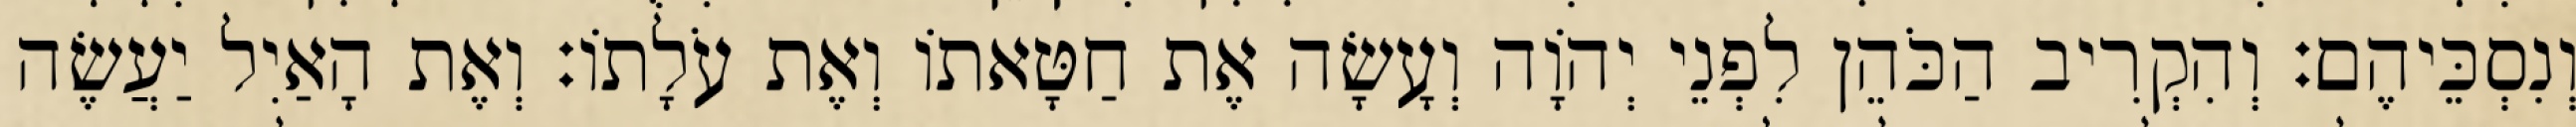
וְנִסְכֵּיהֶם׃ וְהִקְרִיב הַכֹּהֵן לִפְנֵי יְהוָֹה וְעָשָׂה אֶת חַטָּאתוֹ וְאֶת עֹלָתוֹ׃ וְאֶת הָאַיִל יַעֲשֶׂה